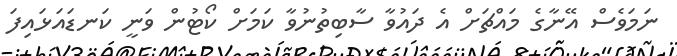
ނަމަވެސް އޭނާގެ މައްޗަށް އެ ދައުވާ ސާބިތުނުވާ ކަމަށް ކޯޓުން ވަނީ ކަނޑައަޅައިފަ